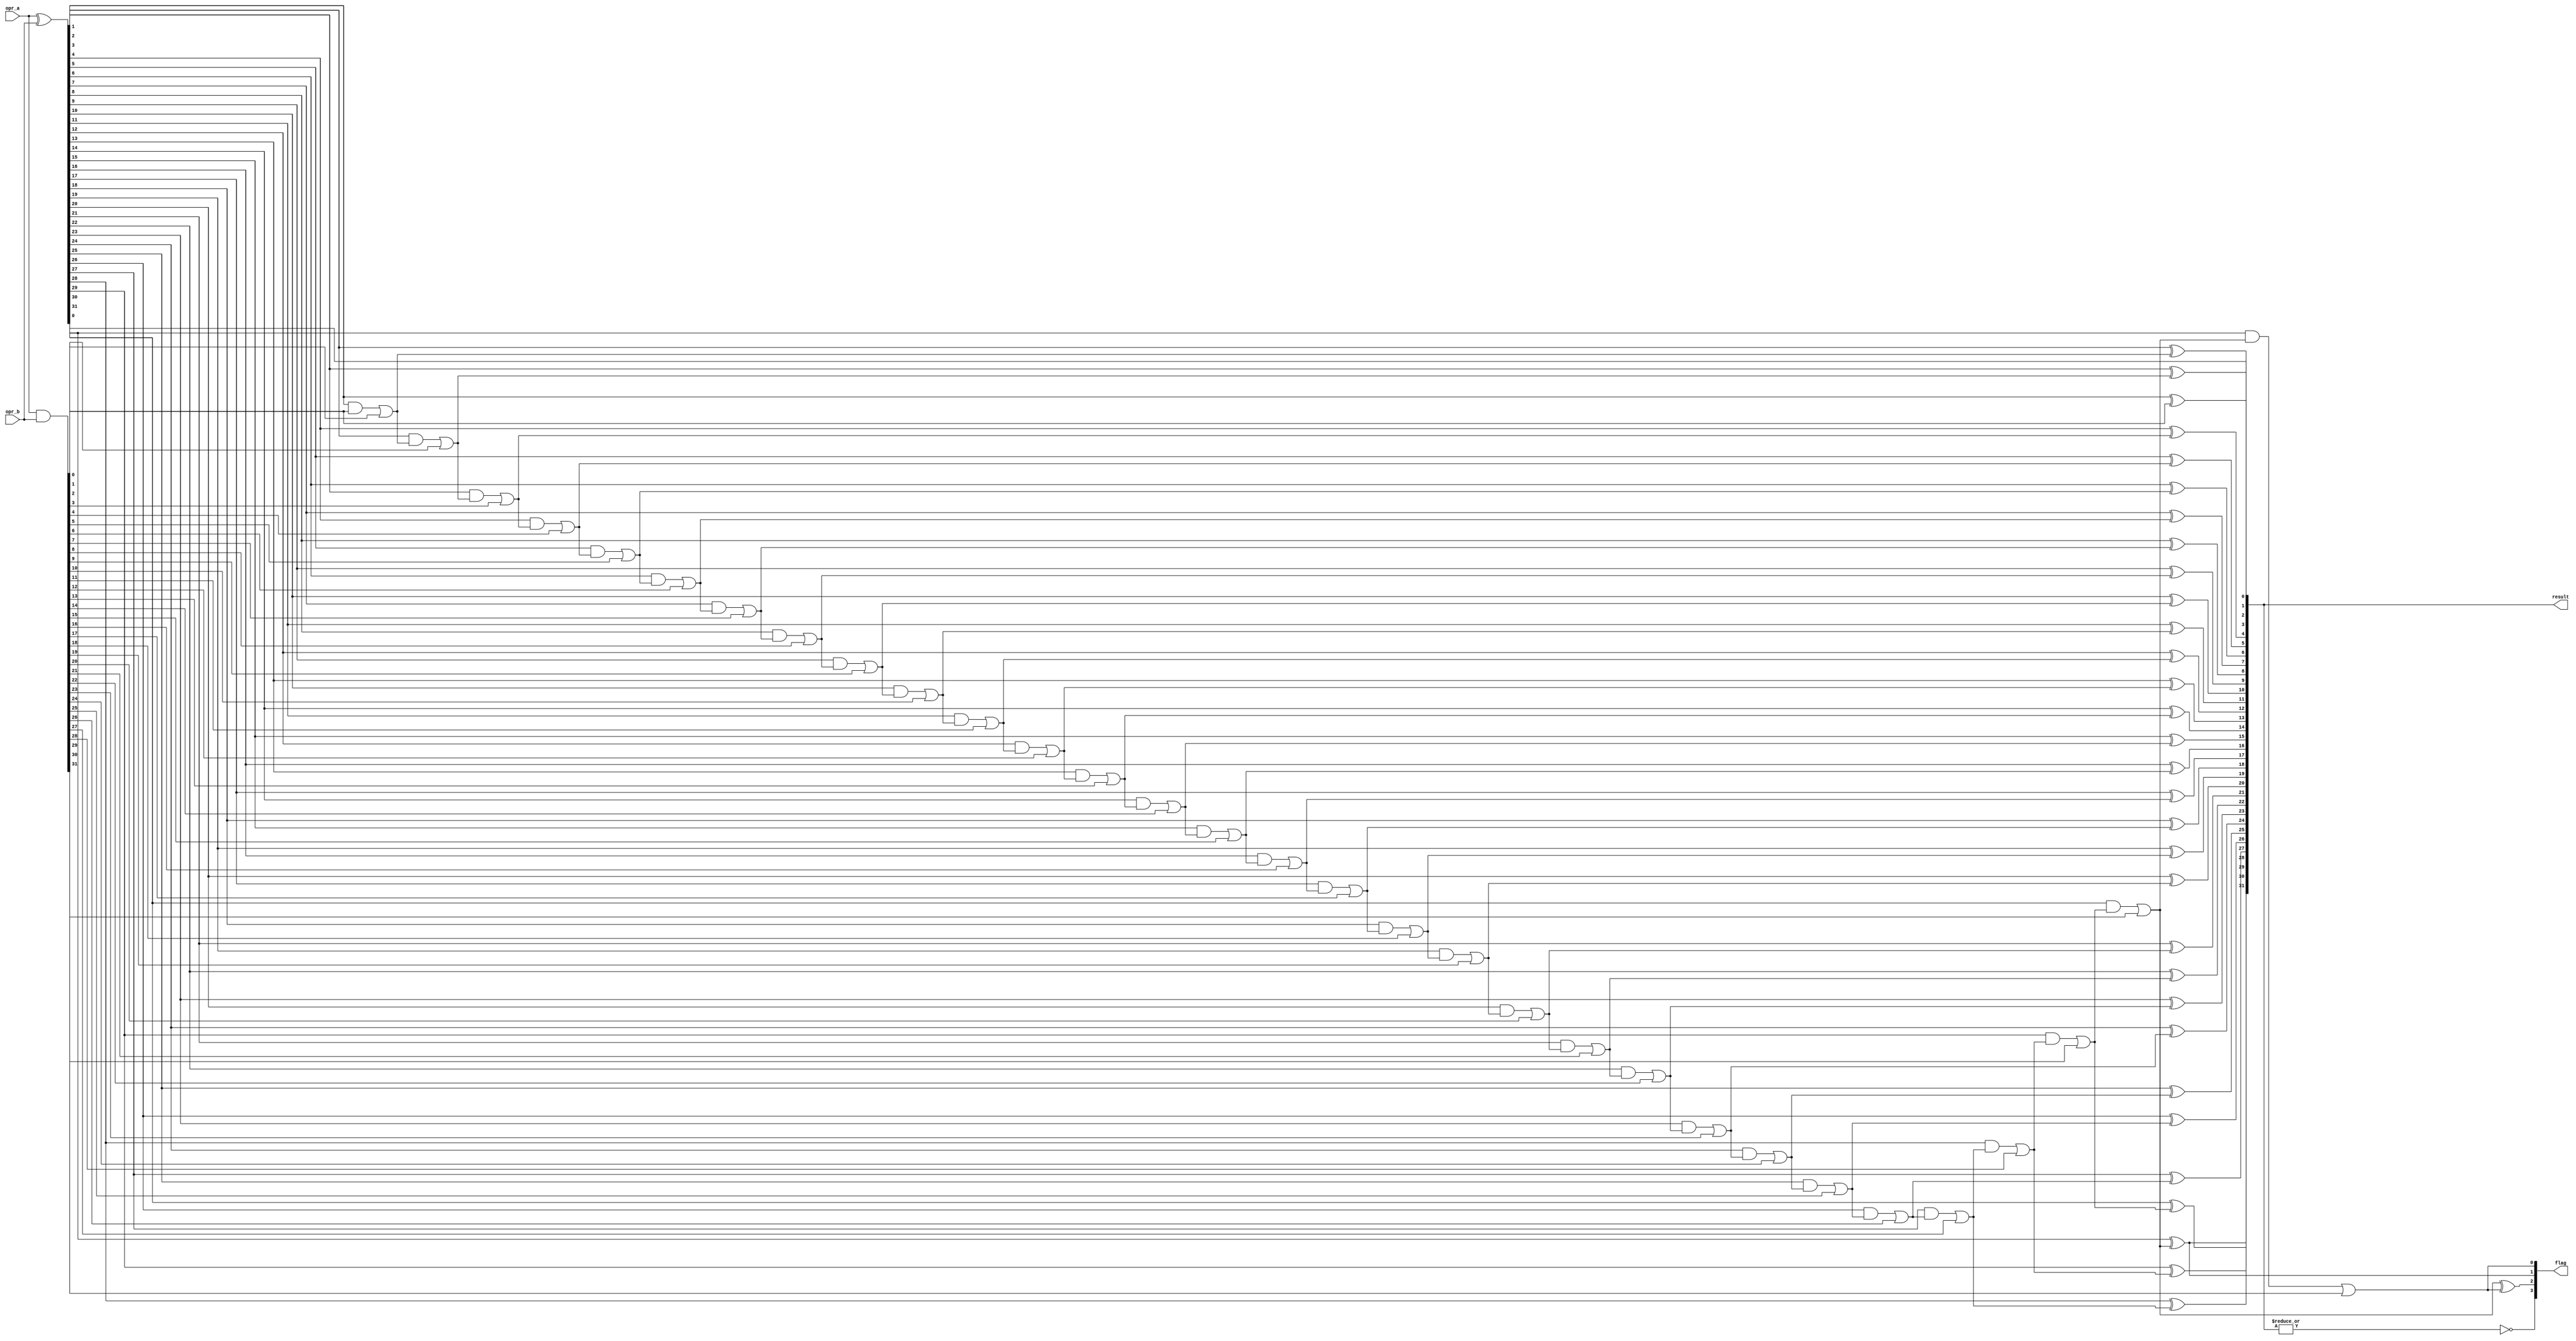
`timescale 1ns / 1ps

// Task for an 6-bit adder

module add_task(
    input [31:0] opr_a,
    input [31:0] opr_b,
    output [3:0] flag,
    output [31:0] result
    );
    wire [31:0] p, g;
    wire [31:0] c;
    
    assign p = opr_a ^ opr_b;
    assign g = opr_a & opr_b;
    
    assign c[0] = g[0];
    assign c[1] = (p[1] & c[0]) | g[1];
    assign c[2] = (p[2] & c[1]) | g[2];
    assign c[3] = (p[3] & c[2]) | g[3];
    assign c[4] = (p[4] & c[3]) | g[4];
    assign c[5] = (p[5] & c[4]) | g[5];
    assign c[6] = (p[6] & c[5]) | g[6];
    assign c[7] = (p[7] & c[6]) | g[7];
    assign c[8] = (p[8] & c[7]) | g[8];
    assign c[9] = (p[9] & c[8]) | g[9];
    assign c[10] = (p[10] & c[9]) | g[10];
    assign c[11] = (p[11] & c[10]) | g[11];
    assign c[12] = (p[12] & c[11]) | g[12];
    assign c[13] = (p[13] & c[12]) | g[13];
    assign c[14] = (p[14] & c[13]) | g[14];
    assign c[15] = (p[15] & c[14]) | g[15];
    assign c[16] = (p[16] & c[15]) | g[16];
    assign c[17] = (p[17] & c[16]) | g[17];
    assign c[18] = (p[18] & c[17]) | g[18];
    assign c[19] = (p[19] & c[18]) | g[19];
    assign c[20] = (p[20] & c[19]) | g[20];
    assign c[21] = (p[21] & c[20]) | g[21];
    assign c[22] = (p[22] & c[21]) | g[22];
    assign c[23] = (p[23] & c[22]) | g[23];
    assign c[24] = (p[24] & c[23]) | g[24];
    assign c[25] = (p[25] & c[24]) | g[25];
    assign c[26] = (p[26] & c[25]) | g[26];
    assign c[27] = (p[27] & c[26]) | g[27];
    assign c[28] = (p[28] & c[27]) | g[28];
    assign c[29] = (p[29] & c[28]) | g[29];
    assign c[30] = (p[30] & c[29]) | g[30];
    assign c[31] = (p[31] & c[30]) | g[31];
    
    assign result[0] = p[0] ^ 0;
    assign result[1] = p[1] ^ c[0];
    assign result[2] = p[2] ^ c[1];
    assign result[3] = p[3] ^ c[2];
    assign result[4] = p[4] ^ c[3];
    assign result[5] = p[5] ^ c[4];
    assign result[6] = p[6] ^ c[5];
    assign result[7] = p[7] ^ c[6];
    assign result[8] = p[8] ^ c[7];
    assign result[9] = p[9] ^ c[8];
    assign result[10] = p[10] ^ c[9];
    assign result[11] = p[11] ^ c[10];
    assign result[12] = p[12] ^ c[11];
    assign result[13] = p[13] ^ c[12];
    assign result[14] = p[14] ^ c[13];
    assign result[15] = p[15] ^ c[14];
    assign result[16] = p[16] ^ c[15];
    assign result[17] = p[17] ^ c[16];
    assign result[18] = p[18] ^ c[17];
    assign result[19] = p[19] ^ c[18];
    assign result[20] = p[20] ^ c[19];
    assign result[21] = p[21] ^ c[20];
    assign result[22] = p[22] ^ c[21];
    assign result[23] = p[23] ^ c[22];
    assign result[24] = p[24] ^ c[23];
    assign result[25] = p[25] ^ c[24];
    assign result[26] = p[26] ^ c[25];
    assign result[27] = p[27] ^ c[26];
    assign result[28] = p[28] ^ c[27];
    assign result[29] = p[29] ^ c[28];
    assign result[30] = p[30] ^ c[29];
    assign result[31] = p[31] ^ c[30];


    assign flag[2] = c[30] ^ c[31];                 // V Position
    assign flag[1] = result[31];                    // S Position
    assign flag[0] = c[31];                         // CF Position
    assign flag[3] = ~(|result);                    // Z Position
    
endmodule